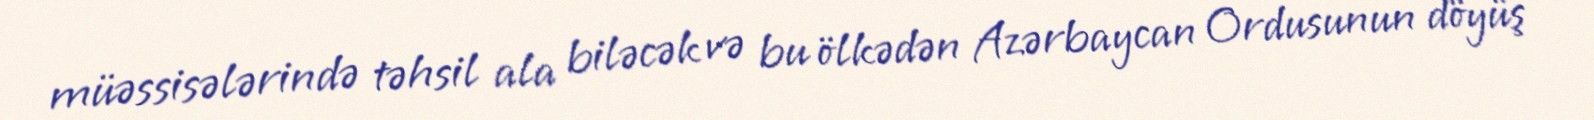
müəssisələrində təhsil ala biləcək və bu ölkədən Azərbaycan Ordusunun döyüş